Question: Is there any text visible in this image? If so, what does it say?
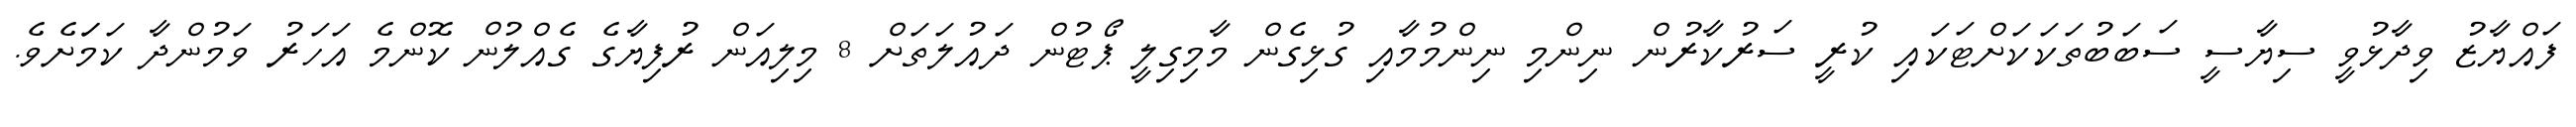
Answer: ފައްޔާޒު ވިދާޅުވީ ސިޔާސީ ސަބަބުތަކަކަށްޓަކައި ކުރީ ސަރުކާރުން ނިންމި ނިންމުމާއި ގުޅިގެން މާމިގިލީ ޕޯޓުން ދައުލަތަށް 8 މިލިއަން ރުފިޔާގެ ގެއްލުން ކޮންމެ އަހަރު ވަމުންދާ ކަމަަށެވެ.